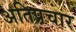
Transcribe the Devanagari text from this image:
अतिप्रचार